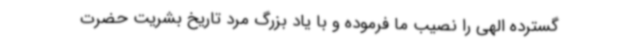
گسترده الهی را نصیب ما فرموده و با یاد بزرگ مرد تاریخ بشریت حضرت